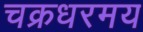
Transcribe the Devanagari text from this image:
चक्रधरमय